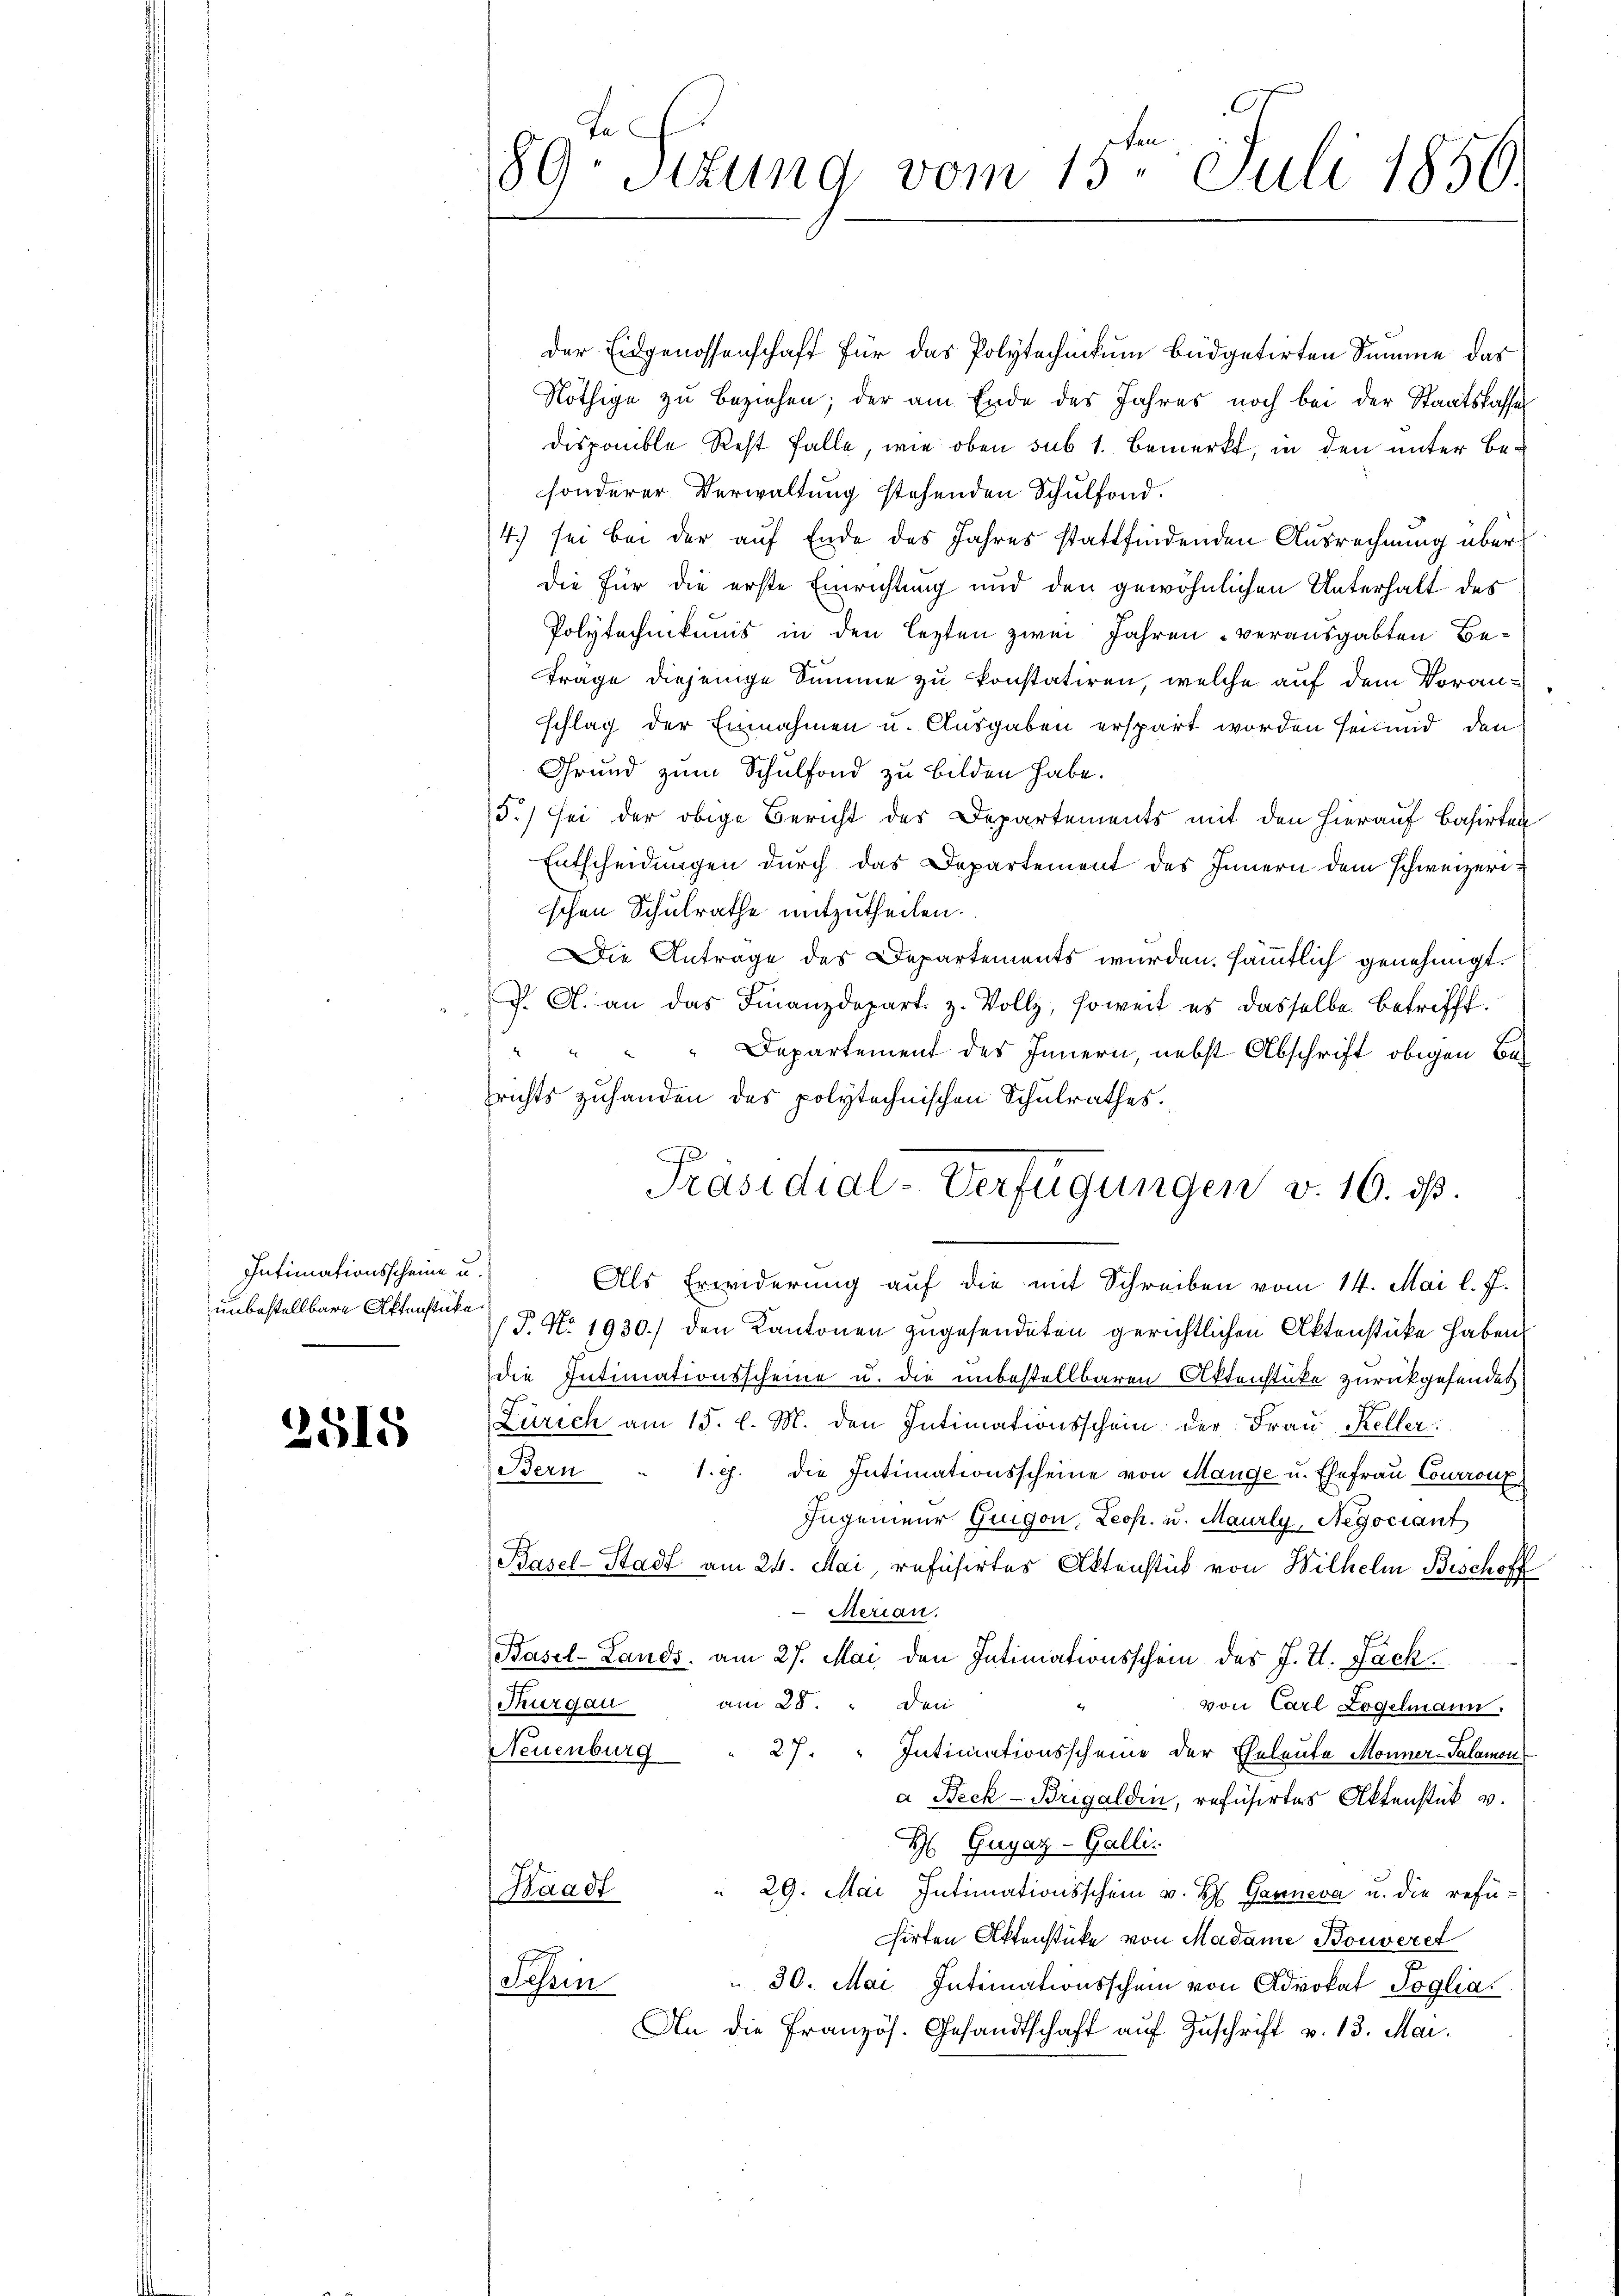
Intimationsscheine u.
unbestellbare Aktenstücke.

2515

der Eidgenossenschaft für das Polytechnikum büdgetirten Summe das
Nöthige zu beziehen; der am Ende des Jahres noch bei der Staatskassen
disponible Rest. Falle, wie oben sub 1. Bemerkt, in den unter Besonderer Verwaltung stehenden Schulfond.
4.) sei bei der auf Ende des Jahres stattfindenden Ausrechnung über
die für die erste Einrichtung und den gewöhnlichen Unterhalt des
Polytechnikums in den lezten zwei Jahren verausgabten Betrage diejenige Summe zu konstatiren, welche auf dem Voranschlag der Einnahmen u. Ausgaben erspart worden seinend, den
Grund zum Schulfond zu bilden habe.
5.) sei der obige Bericht des Departements mit den hierauf basirten
Entscheidungen dŭrch das Departement des Innern dem schweizeri
schen Schulrathe mitzutheilen.
Die Antrage des Departements wurden. sämmtlich genehmigt.
J. A. an das Finanzdepart z. Vollz, soweit es dasselbe betrifft.
" " " " Departement des Innern, nebst Abschrift obigen Besrichts zuhanden des polytechnischen Schulrathes.
/T. No. 1930.) den Kantonen zugesendeten gerichtlichen Aktenstücke haben.
die Intimationsscheine u. die unbestellbaren Aktenstücke zurückgesendet
Zürich am 15. l. M. den Intimationsschein der Frau Keller.
Bern . 1. c. die Intimationsscheine von Mange u. Ehefrau Courront
Ingenieur Guigon, Leop. u. Maurly, Negociant
Basel-Stadt am 24. Mai, refusirtes Aktenstück von Wilhelm Beschoff
Merian.
Basel-Lands, am 27. Mai den Intimationsschein des J. V. Jack
Den
am 28.
Thurgau
von Carl Logelmann.
252.
Neuenburg
27. " Intimationsscheine der Eheleute Monner-Salamon
a Beck-Brigaldin, refüsirtes Aktenstük v.
H Guyaz-Galli.
" 29. Mai Intimationsschein v. H. Gauneva u. die refü¬
Waadt
hirten Aktenstücke von Madame Bonveret
 30. Mai Intimationsschein von Advokat Soglia.
Schin
An die Französ. Gesandtschaft aŭf Zŭschrift v. 13. Mai.

te
ten
89 Sizung vom 15. Juli 1856.

Präsidial-Verfügungen v. 16. ds.
Als Erwiderung auf die mit Schreiben vom 14. Mai l. J.